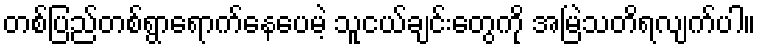
တစ်ပြည်တစ်ရွာရောက်နေပေမဲ့ သူငယ်ချင်းတွေကို အမြဲသတိရလျက်ပါ။